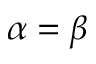
\alpha = \beta